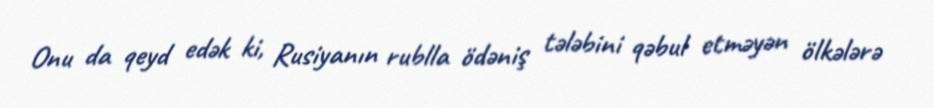
Onu da qeyd edək ki, Rusiyanın rublla ödəniş tələbini qəbul etməyən ölkələrə